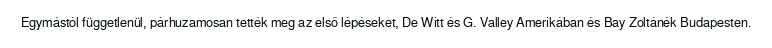
Egymástól függetlenül, párhuzamosan tették meg az első lépéseket, De Witt és G. Valley Amerikában és Bay Zoltánék Budapesten.